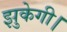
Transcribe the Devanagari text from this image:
झुकेगी।